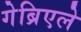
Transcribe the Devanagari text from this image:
गेब्रिएले